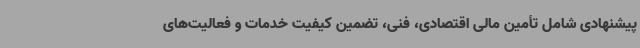
پیشنهادی شامل تأمین مالی اقتصادی، فنی، تضمین کیفیت خدمات و فعالیت‌های